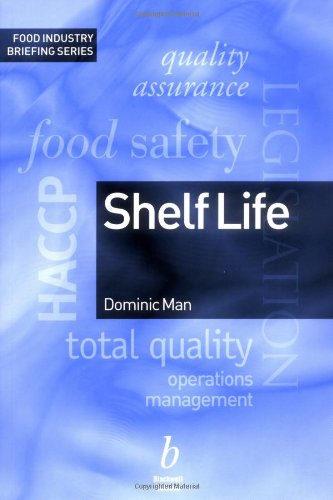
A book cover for Shelf Life: Food Industry Briefing Series; Dominic Man; Science & Math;